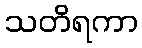
သတိရကာ